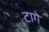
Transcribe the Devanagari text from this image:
टागे